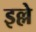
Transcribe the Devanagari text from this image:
इल्ले